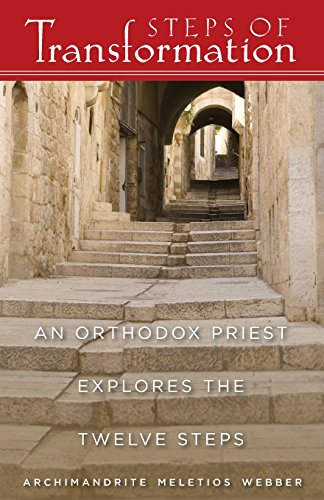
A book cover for Steps of Transformation: An Orthodox Priest Explores the Twelve Steps; Father Meletios Webber; Christian Books & Bibles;